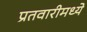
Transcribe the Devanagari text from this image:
प्रतवारीमध्ये